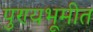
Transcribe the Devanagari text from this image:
पुण्यभूमीत